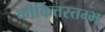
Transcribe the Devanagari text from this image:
कीर्कित्तस्तम्भ